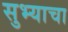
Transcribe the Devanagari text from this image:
सुभ्याचा